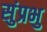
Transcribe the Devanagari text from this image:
सुंप्रभु